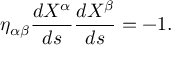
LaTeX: { \eta _ { \alpha \beta } } { \frac { d X ^ { \alpha } } { d s } } { \frac { d X ^ { \beta } } { d s } } = - 1 .